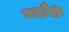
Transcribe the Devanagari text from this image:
भदौरी